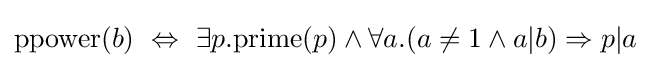
\mathrm {ppower} (b)\ \Leftrightarrow \ \exists p.\mathrm {prime} (p)\land \forall a.(a\neq 1\land a|b)\Rightarrow p|a